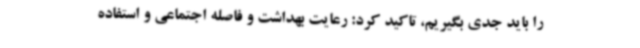
را باید جدی بگیریم، تاکید کرد: رعایت بهداشت و فاصله اجتماعی و استفاده